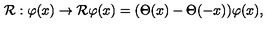
{ \cal R } : \varphi ( x ) \rightarrow { \cal R } \varphi ( x ) = ( \Theta ( x ) - \Theta ( - x ) ) \varphi ( x ) ,